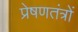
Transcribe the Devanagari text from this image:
प्रेषणतंत्रों